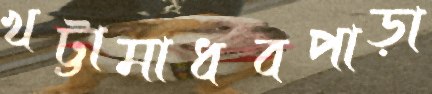
খট্টামাধবপাড়া